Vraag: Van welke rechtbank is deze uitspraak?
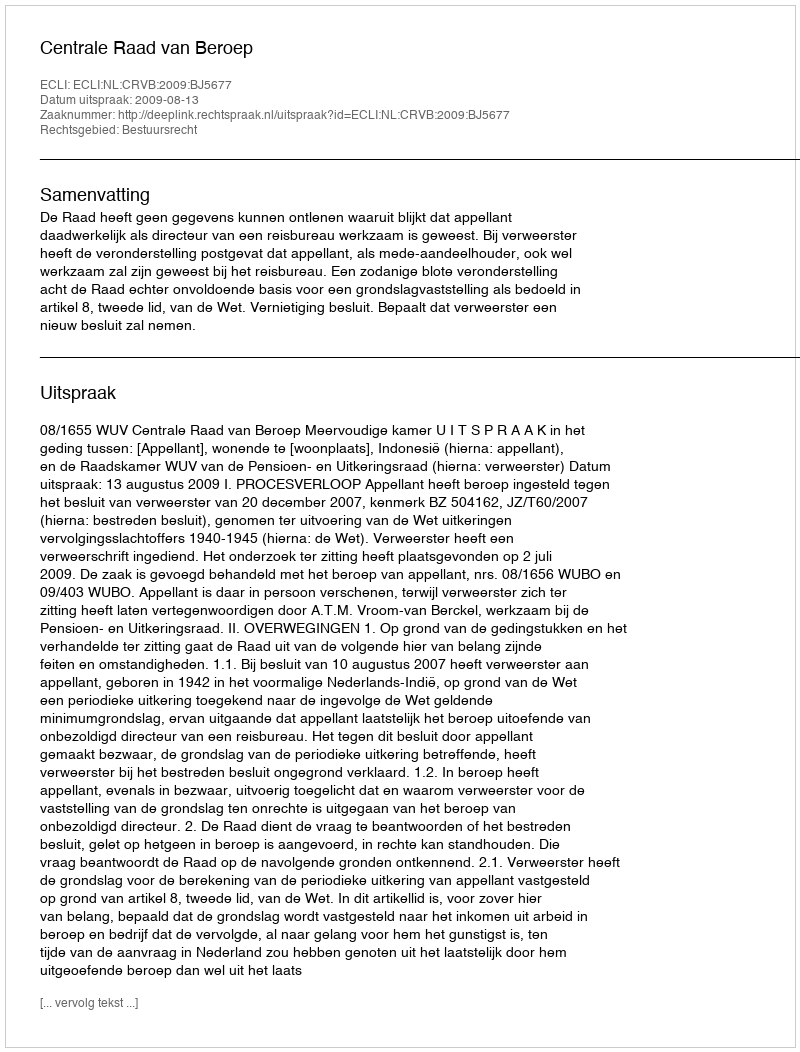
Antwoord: Centrale Raad van Beroep